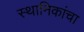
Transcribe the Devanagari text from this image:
स्थानिकांचा